Distribution and causation of leprosy in British India
Year: 1875
Disease focus: Leprosy
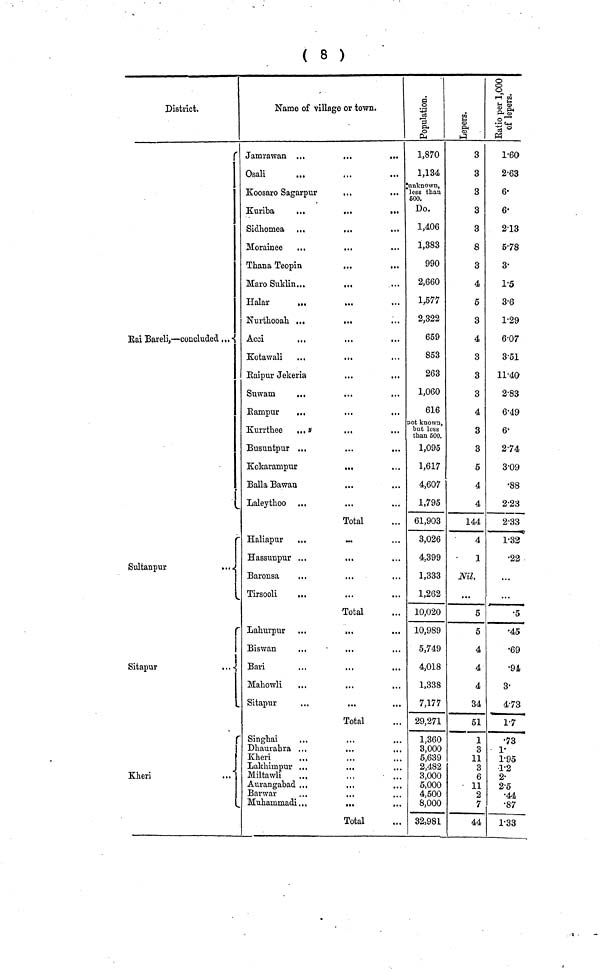
( 8 )
District.
Rai Bareli, — concluded
.
\
i
Sultanpur
..
Sitapur
r
Kheri
Name of village or town.
Jamrawan ...
...
...
Osali
Koosaro Sagarpur
Kuriba
...
...
...
Sidhomea ...
...
...
Morainee
...
...
Thana Teopin
...
...
Maro Suklin...
Halar
...
...
Nurthooah ...
...
Acci
Kotawali
Raipur Jekeria
Snwam
...
Rampur
...
Kurrthee
...
...
Busuntpur ...
Kokarampur
...
Balla Bawan
Laleythoo
Total
Haliapur
Hassunpur ...
•
Baronsa
...
,,,
,..
Tirsooli
...
Total
Lahurpur ...
...
...
Biswan
...
...
...
Bari
Mahowli
...
...
...
Sitapur
...
...
Total
Singhai
Dhaurahra ...
Kheri
Lakhimpur ...
..
Miltawli
Aurangabad ...
Barwar
Muhanimadi..,
,,
Total
1,870
1,134
unknown,
less than
500.
Do.
1,406
1,383
990
2,660
1,577
2,322
659
853
263
1,060
616
Dot known,
but loss
than 500.
1,095
1,617
4,607
1,795
61,903
3,026
4.399
1,333
1,262
10,020
10,989
5,749
4,018
1,338
7,177
29,271
1,360
3,000
5,639
2,482
3,000
5,000
4,500
8,000
32,981
3
3
3
3
3
8
3
4
5
3
4
3
3
3
4
3
3
5
4
4
144
4
1
Nil,
...
5
5
4
4
4
34
51
1
3
11
3
6
11
2
7
44
1.60
2.63
6.
6.
2.13
5.78
3.
1.5
3.6
1.29
6.07
3.51
11.40
2.83
6.49
6.
2.74
3.09
.88
2.23
2.33
1.32
.22
...
...
.5
.45
.69
.94
3.
4.73
1.7
.73
1.
1.95
1.2
2.
2.5
.44
.87
1.33